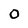
Character: 0